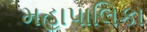
મહાપાલિકા